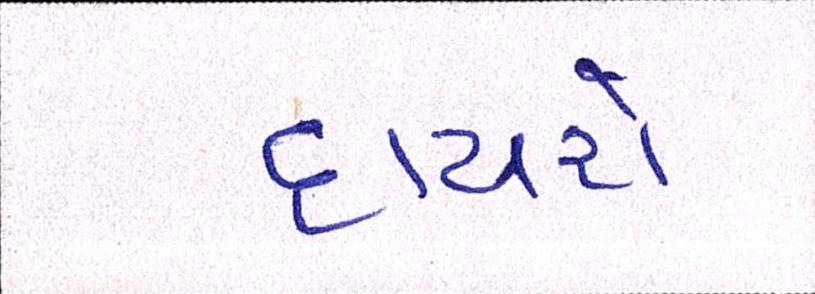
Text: દાયચે